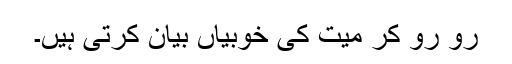
رو رو کر میت کی خوبیاں بیان کرتی ہیں۔